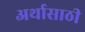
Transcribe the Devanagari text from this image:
अर्थासाठी